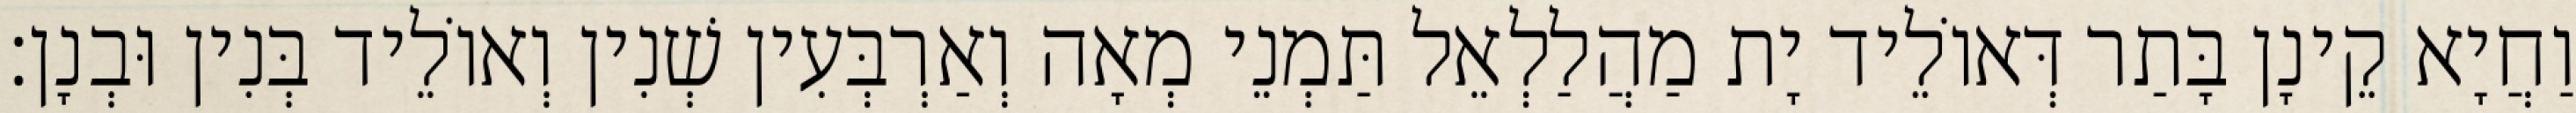
וַחֲיָא קֵינָן בָּתַר דְּאוֹלֵיד יָת מַהֲלַלְאֵל תַּמְנֵי מְאָה וְאַרְבְּעִין שְׁנִין וְאוֹלֵיד בְּנִין וּבְנָן׃